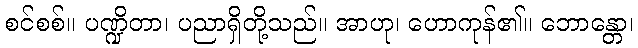
စင်စစ်။ ပဏ္ဍိတာ၊ ပညာရှိတို့သည်။ အာဟု၊ ဟောကုန်၏။ ဘောန္တော၊